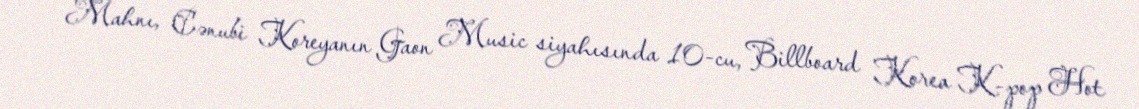
Mahnı, Cənubi Koreyanın Gaon Music siyahısında 10-cu, Billboard Korea K-pop Hot